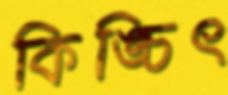
কিঙ্চিৎ